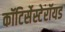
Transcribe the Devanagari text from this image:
कॉटिर्सेस्टेरॉयड